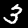
Digit: 3